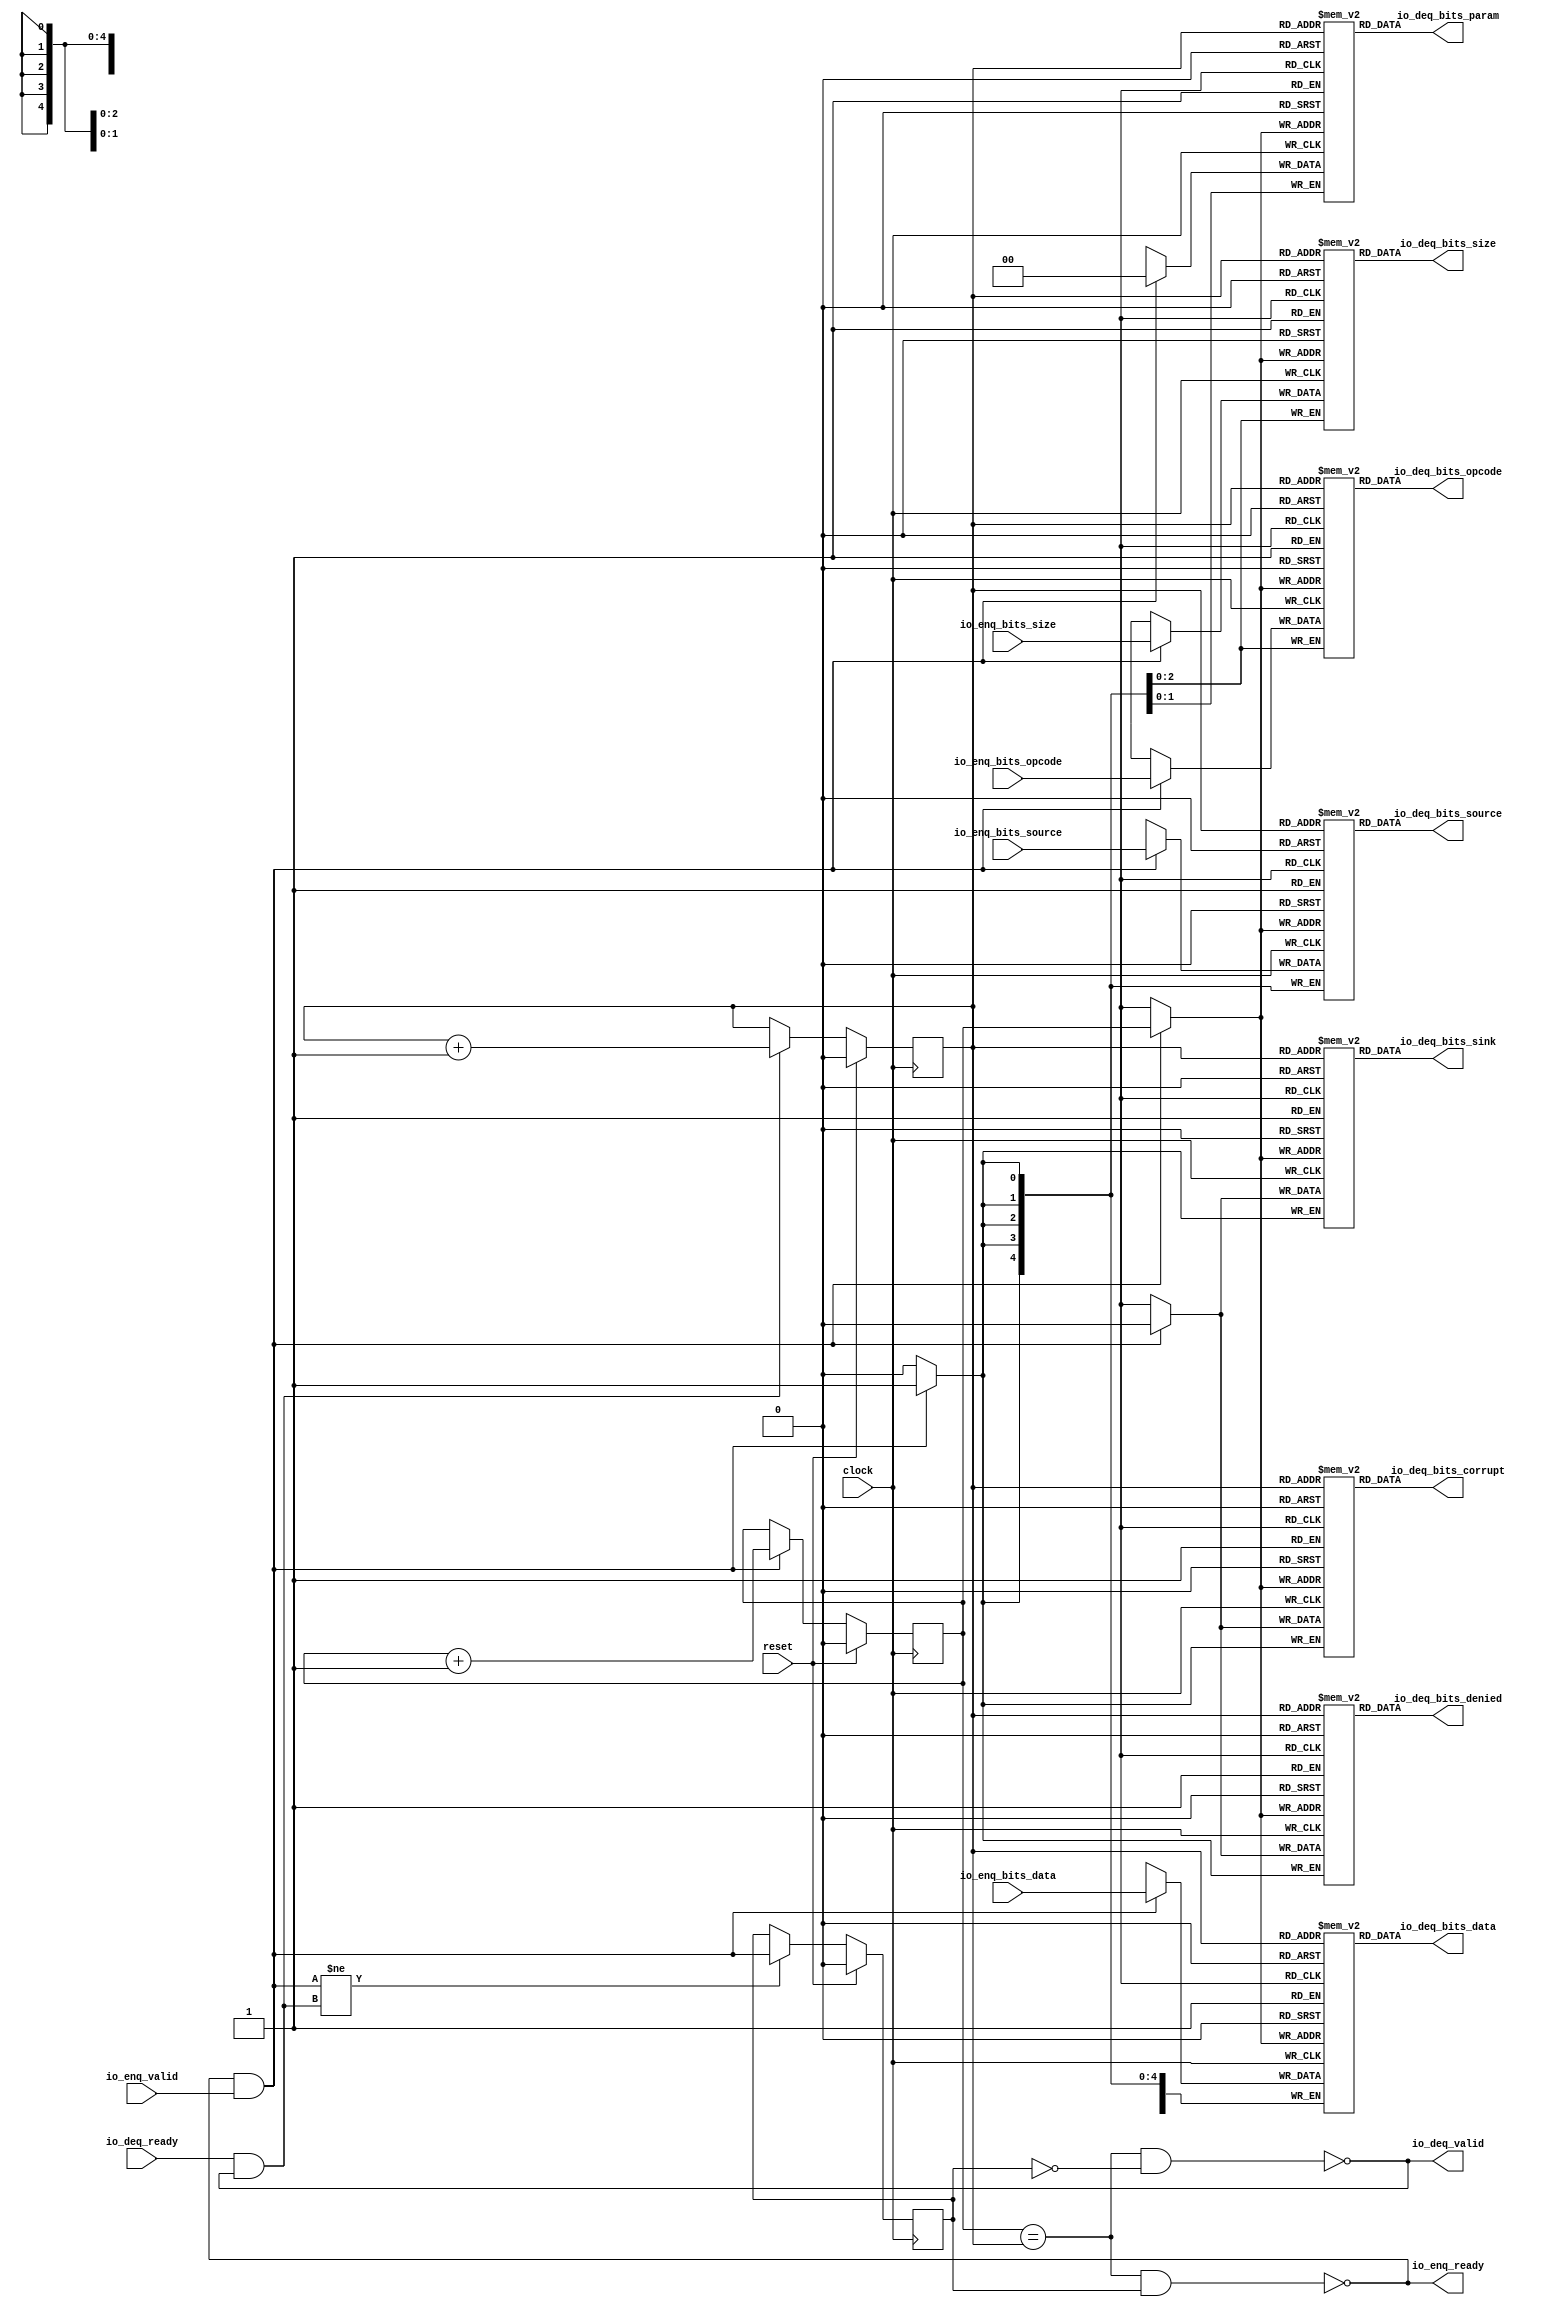
module Queue_41( // @[:freechips.rocketchip.system.TinyConfig.fir@115145.2]
  input         clock, // @[:freechips.rocketchip.system.TinyConfig.fir@115146.4]
  input         reset, // @[:freechips.rocketchip.system.TinyConfig.fir@115147.4]
  output        io_enq_ready, // @[:freechips.rocketchip.system.TinyConfig.fir@115148.4]
  input         io_enq_valid, // @[:freechips.rocketchip.system.TinyConfig.fir@115148.4]
  input  [2:0]  io_enq_bits_opcode, // @[:freechips.rocketchip.system.TinyConfig.fir@115148.4]
  input  [2:0]  io_enq_bits_size, // @[:freechips.rocketchip.system.TinyConfig.fir@115148.4]
  input  [4:0]  io_enq_bits_source, // @[:freechips.rocketchip.system.TinyConfig.fir@115148.4]
  input  [31:0] io_enq_bits_data, // @[:freechips.rocketchip.system.TinyConfig.fir@115148.4]
  input         io_deq_ready, // @[:freechips.rocketchip.system.TinyConfig.fir@115148.4]
  output        io_deq_valid, // @[:freechips.rocketchip.system.TinyConfig.fir@115148.4]
  output [2:0]  io_deq_bits_opcode, // @[:freechips.rocketchip.system.TinyConfig.fir@115148.4]
  output [1:0]  io_deq_bits_param, // @[:freechips.rocketchip.system.TinyConfig.fir@115148.4]
  output [2:0]  io_deq_bits_size, // @[:freechips.rocketchip.system.TinyConfig.fir@115148.4]
  output [4:0]  io_deq_bits_source, // @[:freechips.rocketchip.system.TinyConfig.fir@115148.4]
  output        io_deq_bits_sink, // @[:freechips.rocketchip.system.TinyConfig.fir@115148.4]
  output        io_deq_bits_denied, // @[:freechips.rocketchip.system.TinyConfig.fir@115148.4]
  output [31:0] io_deq_bits_data, // @[:freechips.rocketchip.system.TinyConfig.fir@115148.4]
  output        io_deq_bits_corrupt // @[:freechips.rocketchip.system.TinyConfig.fir@115148.4]
);
  reg [2:0] _T_opcode [0:1]; // @[Decoupled.scala 215:24:freechips.rocketchip.system.TinyConfig.fir@115150.4]
  reg [31:0] _RAND_0;
  wire [2:0] _T_opcode__T_18_data; // @[Decoupled.scala 215:24:freechips.rocketchip.system.TinyConfig.fir@115150.4]
  wire  _T_opcode__T_18_addr; // @[Decoupled.scala 215:24:freechips.rocketchip.system.TinyConfig.fir@115150.4]
  wire [2:0] _T_opcode__T_10_data; // @[Decoupled.scala 215:24:freechips.rocketchip.system.TinyConfig.fir@115150.4]
  wire  _T_opcode__T_10_addr; // @[Decoupled.scala 215:24:freechips.rocketchip.system.TinyConfig.fir@115150.4]
  wire  _T_opcode__T_10_mask; // @[Decoupled.scala 215:24:freechips.rocketchip.system.TinyConfig.fir@115150.4]
  wire  _T_opcode__T_10_en; // @[Decoupled.scala 215:24:freechips.rocketchip.system.TinyConfig.fir@115150.4]
  reg [1:0] _T_param [0:1]; // @[Decoupled.scala 215:24:freechips.rocketchip.system.TinyConfig.fir@115150.4]
  reg [31:0] _RAND_1;
  wire [1:0] _T_param__T_18_data; // @[Decoupled.scala 215:24:freechips.rocketchip.system.TinyConfig.fir@115150.4]
  wire  _T_param__T_18_addr; // @[Decoupled.scala 215:24:freechips.rocketchip.system.TinyConfig.fir@115150.4]
  wire [1:0] _T_param__T_10_data; // @[Decoupled.scala 215:24:freechips.rocketchip.system.TinyConfig.fir@115150.4]
  wire  _T_param__T_10_addr; // @[Decoupled.scala 215:24:freechips.rocketchip.system.TinyConfig.fir@115150.4]
  wire  _T_param__T_10_mask; // @[Decoupled.scala 215:24:freechips.rocketchip.system.TinyConfig.fir@115150.4]
  wire  _T_param__T_10_en; // @[Decoupled.scala 215:24:freechips.rocketchip.system.TinyConfig.fir@115150.4]
  reg [2:0] _T_size [0:1]; // @[Decoupled.scala 215:24:freechips.rocketchip.system.TinyConfig.fir@115150.4]
  reg [31:0] _RAND_2;
  wire [2:0] _T_size__T_18_data; // @[Decoupled.scala 215:24:freechips.rocketchip.system.TinyConfig.fir@115150.4]
  wire  _T_size__T_18_addr; // @[Decoupled.scala 215:24:freechips.rocketchip.system.TinyConfig.fir@115150.4]
  wire [2:0] _T_size__T_10_data; // @[Decoupled.scala 215:24:freechips.rocketchip.system.TinyConfig.fir@115150.4]
  wire  _T_size__T_10_addr; // @[Decoupled.scala 215:24:freechips.rocketchip.system.TinyConfig.fir@115150.4]
  wire  _T_size__T_10_mask; // @[Decoupled.scala 215:24:freechips.rocketchip.system.TinyConfig.fir@115150.4]
  wire  _T_size__T_10_en; // @[Decoupled.scala 215:24:freechips.rocketchip.system.TinyConfig.fir@115150.4]
  reg [4:0] _T_source [0:1]; // @[Decoupled.scala 215:24:freechips.rocketchip.system.TinyConfig.fir@115150.4]
  reg [31:0] _RAND_3;
  wire [4:0] _T_source__T_18_data; // @[Decoupled.scala 215:24:freechips.rocketchip.system.TinyConfig.fir@115150.4]
  wire  _T_source__T_18_addr; // @[Decoupled.scala 215:24:freechips.rocketchip.system.TinyConfig.fir@115150.4]
  wire [4:0] _T_source__T_10_data; // @[Decoupled.scala 215:24:freechips.rocketchip.system.TinyConfig.fir@115150.4]
  wire  _T_source__T_10_addr; // @[Decoupled.scala 215:24:freechips.rocketchip.system.TinyConfig.fir@115150.4]
  wire  _T_source__T_10_mask; // @[Decoupled.scala 215:24:freechips.rocketchip.system.TinyConfig.fir@115150.4]
  wire  _T_source__T_10_en; // @[Decoupled.scala 215:24:freechips.rocketchip.system.TinyConfig.fir@115150.4]
  reg  _T_sink [0:1]; // @[Decoupled.scala 215:24:freechips.rocketchip.system.TinyConfig.fir@115150.4]
  reg [31:0] _RAND_4;
  wire  _T_sink__T_18_data; // @[Decoupled.scala 215:24:freechips.rocketchip.system.TinyConfig.fir@115150.4]
  wire  _T_sink__T_18_addr; // @[Decoupled.scala 215:24:freechips.rocketchip.system.TinyConfig.fir@115150.4]
  wire  _T_sink__T_10_data; // @[Decoupled.scala 215:24:freechips.rocketchip.system.TinyConfig.fir@115150.4]
  wire  _T_sink__T_10_addr; // @[Decoupled.scala 215:24:freechips.rocketchip.system.TinyConfig.fir@115150.4]
  wire  _T_sink__T_10_mask; // @[Decoupled.scala 215:24:freechips.rocketchip.system.TinyConfig.fir@115150.4]
  wire  _T_sink__T_10_en; // @[Decoupled.scala 215:24:freechips.rocketchip.system.TinyConfig.fir@115150.4]
  reg  _T_denied [0:1]; // @[Decoupled.scala 215:24:freechips.rocketchip.system.TinyConfig.fir@115150.4]
  reg [31:0] _RAND_5;
  wire  _T_denied__T_18_data; // @[Decoupled.scala 215:24:freechips.rocketchip.system.TinyConfig.fir@115150.4]
  wire  _T_denied__T_18_addr; // @[Decoupled.scala 215:24:freechips.rocketchip.system.TinyConfig.fir@115150.4]
  wire  _T_denied__T_10_data; // @[Decoupled.scala 215:24:freechips.rocketchip.system.TinyConfig.fir@115150.4]
  wire  _T_denied__T_10_addr; // @[Decoupled.scala 215:24:freechips.rocketchip.system.TinyConfig.fir@115150.4]
  wire  _T_denied__T_10_mask; // @[Decoupled.scala 215:24:freechips.rocketchip.system.TinyConfig.fir@115150.4]
  wire  _T_denied__T_10_en; // @[Decoupled.scala 215:24:freechips.rocketchip.system.TinyConfig.fir@115150.4]
  reg [31:0] _T_data [0:1]; // @[Decoupled.scala 215:24:freechips.rocketchip.system.TinyConfig.fir@115150.4]
  reg [31:0] _RAND_6;
  wire [31:0] _T_data__T_18_data; // @[Decoupled.scala 215:24:freechips.rocketchip.system.TinyConfig.fir@115150.4]
  wire  _T_data__T_18_addr; // @[Decoupled.scala 215:24:freechips.rocketchip.system.TinyConfig.fir@115150.4]
  wire [31:0] _T_data__T_10_data; // @[Decoupled.scala 215:24:freechips.rocketchip.system.TinyConfig.fir@115150.4]
  wire  _T_data__T_10_addr; // @[Decoupled.scala 215:24:freechips.rocketchip.system.TinyConfig.fir@115150.4]
  wire  _T_data__T_10_mask; // @[Decoupled.scala 215:24:freechips.rocketchip.system.TinyConfig.fir@115150.4]
  wire  _T_data__T_10_en; // @[Decoupled.scala 215:24:freechips.rocketchip.system.TinyConfig.fir@115150.4]
  reg  _T_corrupt [0:1]; // @[Decoupled.scala 215:24:freechips.rocketchip.system.TinyConfig.fir@115150.4]
  reg [31:0] _RAND_7;
  wire  _T_corrupt__T_18_data; // @[Decoupled.scala 215:24:freechips.rocketchip.system.TinyConfig.fir@115150.4]
  wire  _T_corrupt__T_18_addr; // @[Decoupled.scala 215:24:freechips.rocketchip.system.TinyConfig.fir@115150.4]
  wire  _T_corrupt__T_10_data; // @[Decoupled.scala 215:24:freechips.rocketchip.system.TinyConfig.fir@115150.4]
  wire  _T_corrupt__T_10_addr; // @[Decoupled.scala 215:24:freechips.rocketchip.system.TinyConfig.fir@115150.4]
  wire  _T_corrupt__T_10_mask; // @[Decoupled.scala 215:24:freechips.rocketchip.system.TinyConfig.fir@115150.4]
  wire  _T_corrupt__T_10_en; // @[Decoupled.scala 215:24:freechips.rocketchip.system.TinyConfig.fir@115150.4]
  reg  value; // @[Counter.scala 26:33:freechips.rocketchip.system.TinyConfig.fir@115151.4]
  reg [31:0] _RAND_8;
  reg  value_1; // @[Counter.scala 26:33:freechips.rocketchip.system.TinyConfig.fir@115152.4]
  reg [31:0] _RAND_9;
  reg  _T_1; // @[Decoupled.scala 218:35:freechips.rocketchip.system.TinyConfig.fir@115153.4]
  reg [31:0] _RAND_10;
  wire  _T_2; // @[Decoupled.scala 220:41:freechips.rocketchip.system.TinyConfig.fir@115154.4]
  wire  _T_3; // @[Decoupled.scala 221:36:freechips.rocketchip.system.TinyConfig.fir@115155.4]
  wire  _T_4; // @[Decoupled.scala 221:33:freechips.rocketchip.system.TinyConfig.fir@115156.4]
  wire  _T_5; // @[Decoupled.scala 222:32:freechips.rocketchip.system.TinyConfig.fir@115157.4]
  wire  _T_6; // @[Decoupled.scala 37:37:freechips.rocketchip.system.TinyConfig.fir@115158.4]
  wire  _T_8; // @[Decoupled.scala 37:37:freechips.rocketchip.system.TinyConfig.fir@115161.4]
  wire  _T_12; // @[Counter.scala 35:22:freechips.rocketchip.system.TinyConfig.fir@115176.6]
  wire  _T_14; // @[Counter.scala 35:22:freechips.rocketchip.system.TinyConfig.fir@115182.6]
  wire  _T_15; // @[Decoupled.scala 233:16:freechips.rocketchip.system.TinyConfig.fir@115185.4]
  assign _T_opcode__T_18_addr = value_1;
  assign _T_opcode__T_18_data = _T_opcode[_T_opcode__T_18_addr]; // @[Decoupled.scala 215:24:freechips.rocketchip.system.TinyConfig.fir@115150.4]
  assign _T_opcode__T_10_data = io_enq_bits_opcode;
  assign _T_opcode__T_10_addr = value;
  assign _T_opcode__T_10_mask = 1'h1;
  assign _T_opcode__T_10_en = io_enq_ready & io_enq_valid;
  assign _T_param__T_18_addr = value_1;
  assign _T_param__T_18_data = _T_param[_T_param__T_18_addr]; // @[Decoupled.scala 215:24:freechips.rocketchip.system.TinyConfig.fir@115150.4]
  assign _T_param__T_10_data = 2'h0;
  assign _T_param__T_10_addr = value;
  assign _T_param__T_10_mask = 1'h1;
  assign _T_param__T_10_en = io_enq_ready & io_enq_valid;
  assign _T_size__T_18_addr = value_1;
  assign _T_size__T_18_data = _T_size[_T_size__T_18_addr]; // @[Decoupled.scala 215:24:freechips.rocketchip.system.TinyConfig.fir@115150.4]
  assign _T_size__T_10_data = io_enq_bits_size;
  assign _T_size__T_10_addr = value;
  assign _T_size__T_10_mask = 1'h1;
  assign _T_size__T_10_en = io_enq_ready & io_enq_valid;
  assign _T_source__T_18_addr = value_1;
  assign _T_source__T_18_data = _T_source[_T_source__T_18_addr]; // @[Decoupled.scala 215:24:freechips.rocketchip.system.TinyConfig.fir@115150.4]
  assign _T_source__T_10_data = io_enq_bits_source;
  assign _T_source__T_10_addr = value;
  assign _T_source__T_10_mask = 1'h1;
  assign _T_source__T_10_en = io_enq_ready & io_enq_valid;
  assign _T_sink__T_18_addr = value_1;
  assign _T_sink__T_18_data = _T_sink[_T_sink__T_18_addr]; // @[Decoupled.scala 215:24:freechips.rocketchip.system.TinyConfig.fir@115150.4]
  assign _T_sink__T_10_data = 1'h0;
  assign _T_sink__T_10_addr = value;
  assign _T_sink__T_10_mask = 1'h1;
  assign _T_sink__T_10_en = io_enq_ready & io_enq_valid;
  assign _T_denied__T_18_addr = value_1;
  assign _T_denied__T_18_data = _T_denied[_T_denied__T_18_addr]; // @[Decoupled.scala 215:24:freechips.rocketchip.system.TinyConfig.fir@115150.4]
  assign _T_denied__T_10_data = 1'h0;
  assign _T_denied__T_10_addr = value;
  assign _T_denied__T_10_mask = 1'h1;
  assign _T_denied__T_10_en = io_enq_ready & io_enq_valid;
  assign _T_data__T_18_addr = value_1;
  assign _T_data__T_18_data = _T_data[_T_data__T_18_addr]; // @[Decoupled.scala 215:24:freechips.rocketchip.system.TinyConfig.fir@115150.4]
  assign _T_data__T_10_data = io_enq_bits_data;
  assign _T_data__T_10_addr = value;
  assign _T_data__T_10_mask = 1'h1;
  assign _T_data__T_10_en = io_enq_ready & io_enq_valid;
  assign _T_corrupt__T_18_addr = value_1;
  assign _T_corrupt__T_18_data = _T_corrupt[_T_corrupt__T_18_addr]; // @[Decoupled.scala 215:24:freechips.rocketchip.system.TinyConfig.fir@115150.4]
  assign _T_corrupt__T_10_data = 1'h0;
  assign _T_corrupt__T_10_addr = value;
  assign _T_corrupt__T_10_mask = 1'h1;
  assign _T_corrupt__T_10_en = io_enq_ready & io_enq_valid;
  assign _T_2 = value == value_1; // @[Decoupled.scala 220:41:freechips.rocketchip.system.TinyConfig.fir@115154.4]
  assign _T_3 = _T_1 == 1'h0; // @[Decoupled.scala 221:36:freechips.rocketchip.system.TinyConfig.fir@115155.4]
  assign _T_4 = _T_2 & _T_3; // @[Decoupled.scala 221:33:freechips.rocketchip.system.TinyConfig.fir@115156.4]
  assign _T_5 = _T_2 & _T_1; // @[Decoupled.scala 222:32:freechips.rocketchip.system.TinyConfig.fir@115157.4]
  assign _T_6 = io_enq_ready & io_enq_valid; // @[Decoupled.scala 37:37:freechips.rocketchip.system.TinyConfig.fir@115158.4]
  assign _T_8 = io_deq_ready & io_deq_valid; // @[Decoupled.scala 37:37:freechips.rocketchip.system.TinyConfig.fir@115161.4]
  assign _T_12 = value + 1'h1; // @[Counter.scala 35:22:freechips.rocketchip.system.TinyConfig.fir@115176.6]
  assign _T_14 = value_1 + 1'h1; // @[Counter.scala 35:22:freechips.rocketchip.system.TinyConfig.fir@115182.6]
  assign _T_15 = _T_6 != _T_8; // @[Decoupled.scala 233:16:freechips.rocketchip.system.TinyConfig.fir@115185.4]
  assign io_enq_ready = _T_5 == 1'h0; // @[Decoupled.scala 238:16:freechips.rocketchip.system.TinyConfig.fir@115192.4]
  assign io_deq_valid = _T_4 == 1'h0; // @[Decoupled.scala 237:16:freechips.rocketchip.system.TinyConfig.fir@115190.4]
  assign io_deq_bits_opcode = _T_opcode__T_18_data; // @[Decoupled.scala 239:15:freechips.rocketchip.system.TinyConfig.fir@115201.4]
  assign io_deq_bits_param = _T_param__T_18_data; // @[Decoupled.scala 239:15:freechips.rocketchip.system.TinyConfig.fir@115200.4]
  assign io_deq_bits_size = _T_size__T_18_data; // @[Decoupled.scala 239:15:freechips.rocketchip.system.TinyConfig.fir@115199.4]
  assign io_deq_bits_source = _T_source__T_18_data; // @[Decoupled.scala 239:15:freechips.rocketchip.system.TinyConfig.fir@115198.4]
  assign io_deq_bits_sink = _T_sink__T_18_data; // @[Decoupled.scala 239:15:freechips.rocketchip.system.TinyConfig.fir@115197.4]
  assign io_deq_bits_denied = _T_denied__T_18_data; // @[Decoupled.scala 239:15:freechips.rocketchip.system.TinyConfig.fir@115196.4]
  assign io_deq_bits_data = _T_data__T_18_data; // @[Decoupled.scala 239:15:freechips.rocketchip.system.TinyConfig.fir@115195.4]
  assign io_deq_bits_corrupt = _T_corrupt__T_18_data; // @[Decoupled.scala 239:15:freechips.rocketchip.system.TinyConfig.fir@115194.4]
`ifdef RANDOMIZE_GARBAGE_ASSIGN
`define RANDOMIZE
`endif
`ifdef RANDOMIZE_INVALID_ASSIGN
`define RANDOMIZE
`endif
`ifdef RANDOMIZE_REG_INIT
`define RANDOMIZE
`endif
`ifdef RANDOMIZE_MEM_INIT
`define RANDOMIZE
`endif
`ifndef RANDOM
`define RANDOM $random
`endif
`ifdef RANDOMIZE_MEM_INIT
  integer initvar;
`endif
initial begin
  `ifdef RANDOMIZE
    `ifdef INIT_RANDOM
      `INIT_RANDOM
    `endif
    `ifndef VERILATOR
      `ifdef RANDOMIZE_DELAY
        #`RANDOMIZE_DELAY begin end
      `else
        #0.002 begin end
      `endif
    `endif
  _RAND_0 = {1{`RANDOM}};
  `ifdef RANDOMIZE_MEM_INIT
  for (initvar = 0; initvar < 2; initvar = initvar+1)
    _T_opcode[initvar] = _RAND_0[2:0];
  `endif // RANDOMIZE_MEM_INIT
  _RAND_1 = {1{`RANDOM}};
  `ifdef RANDOMIZE_MEM_INIT
  for (initvar = 0; initvar < 2; initvar = initvar+1)
    _T_param[initvar] = _RAND_1[1:0];
  `endif // RANDOMIZE_MEM_INIT
  _RAND_2 = {1{`RANDOM}};
  `ifdef RANDOMIZE_MEM_INIT
  for (initvar = 0; initvar < 2; initvar = initvar+1)
    _T_size[initvar] = _RAND_2[2:0];
  `endif // RANDOMIZE_MEM_INIT
  _RAND_3 = {1{`RANDOM}};
  `ifdef RANDOMIZE_MEM_INIT
  for (initvar = 0; initvar < 2; initvar = initvar+1)
    _T_source[initvar] = _RAND_3[4:0];
  `endif // RANDOMIZE_MEM_INIT
  _RAND_4 = {1{`RANDOM}};
  `ifdef RANDOMIZE_MEM_INIT
  for (initvar = 0; initvar < 2; initvar = initvar+1)
    _T_sink[initvar] = _RAND_4[0:0];
  `endif // RANDOMIZE_MEM_INIT
  _RAND_5 = {1{`RANDOM}};
  `ifdef RANDOMIZE_MEM_INIT
  for (initvar = 0; initvar < 2; initvar = initvar+1)
    _T_denied[initvar] = _RAND_5[0:0];
  `endif // RANDOMIZE_MEM_INIT
  _RAND_6 = {1{`RANDOM}};
  `ifdef RANDOMIZE_MEM_INIT
  for (initvar = 0; initvar < 2; initvar = initvar+1)
    _T_data[initvar] = _RAND_6[31:0];
  `endif // RANDOMIZE_MEM_INIT
  _RAND_7 = {1{`RANDOM}};
  `ifdef RANDOMIZE_MEM_INIT
  for (initvar = 0; initvar < 2; initvar = initvar+1)
    _T_corrupt[initvar] = _RAND_7[0:0];
  `endif // RANDOMIZE_MEM_INIT
  `ifdef RANDOMIZE_REG_INIT
  _RAND_8 = {1{`RANDOM}};
  value = _RAND_8[0:0];
  `endif // RANDOMIZE_REG_INIT
  `ifdef RANDOMIZE_REG_INIT
  _RAND_9 = {1{`RANDOM}};
  value_1 = _RAND_9[0:0];
  `endif // RANDOMIZE_REG_INIT
  `ifdef RANDOMIZE_REG_INIT
  _RAND_10 = {1{`RANDOM}};
  _T_1 = _RAND_10[0:0];
  `endif // RANDOMIZE_REG_INIT
  `endif // RANDOMIZE
end
  always @(posedge clock) begin
    if(_T_opcode__T_10_en & _T_opcode__T_10_mask) begin
      _T_opcode[_T_opcode__T_10_addr] <= _T_opcode__T_10_data; // @[Decoupled.scala 215:24:freechips.rocketchip.system.TinyConfig.fir@115150.4]
    end
    if(_T_param__T_10_en & _T_param__T_10_mask) begin
      _T_param[_T_param__T_10_addr] <= _T_param__T_10_data; // @[Decoupled.scala 215:24:freechips.rocketchip.system.TinyConfig.fir@115150.4]
    end
    if(_T_size__T_10_en & _T_size__T_10_mask) begin
      _T_size[_T_size__T_10_addr] <= _T_size__T_10_data; // @[Decoupled.scala 215:24:freechips.rocketchip.system.TinyConfig.fir@115150.4]
    end
    if(_T_source__T_10_en & _T_source__T_10_mask) begin
      _T_source[_T_source__T_10_addr] <= _T_source__T_10_data; // @[Decoupled.scala 215:24:freechips.rocketchip.system.TinyConfig.fir@115150.4]
    end
    if(_T_sink__T_10_en & _T_sink__T_10_mask) begin
      _T_sink[_T_sink__T_10_addr] <= _T_sink__T_10_data; // @[Decoupled.scala 215:24:freechips.rocketchip.system.TinyConfig.fir@115150.4]
    end
    if(_T_denied__T_10_en & _T_denied__T_10_mask) begin
      _T_denied[_T_denied__T_10_addr] <= _T_denied__T_10_data; // @[Decoupled.scala 215:24:freechips.rocketchip.system.TinyConfig.fir@115150.4]
    end
    if(_T_data__T_10_en & _T_data__T_10_mask) begin
      _T_data[_T_data__T_10_addr] <= _T_data__T_10_data; // @[Decoupled.scala 215:24:freechips.rocketchip.system.TinyConfig.fir@115150.4]
    end
    if(_T_corrupt__T_10_en & _T_corrupt__T_10_mask) begin
      _T_corrupt[_T_corrupt__T_10_addr] <= _T_corrupt__T_10_data; // @[Decoupled.scala 215:24:freechips.rocketchip.system.TinyConfig.fir@115150.4]
    end
    if (reset) begin
      value <= 1'h0;
    end else begin
      if (_T_6) begin
        value <= _T_12;
      end
    end
    if (reset) begin
      value_1 <= 1'h0;
    end else begin
      if (_T_8) begin
        value_1 <= _T_14;
      end
    end
    if (reset) begin
      _T_1 <= 1'h0;
    end else begin
      if (_T_15) begin
        _T_1 <= _T_6;
      end
    end
  end
endmodule